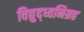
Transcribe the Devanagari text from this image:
विद्युद्ध्वनिग्रह